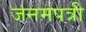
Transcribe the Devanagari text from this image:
जनमपत्री